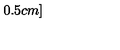
0 . 5 c m ]